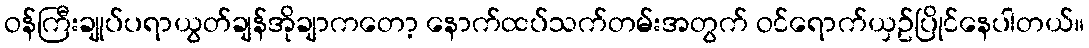
ဝန်ကြီးချုပ်ပရာယွတ်ချန်အိုချာကတော့ နောက်ထပ်သက်တမ်းအတွက် ဝင်ရောက်ယှဥ်ပြိုင်နေပါတယ်။